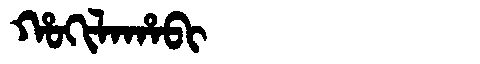
Manchu: ᡥᠣᡴᡳᠯᠠᡥᠠᠪᡳ
Romanization: HOKILAHABI